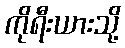
ကိုရီးယားသို့